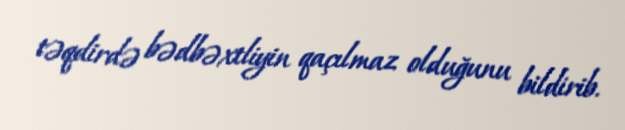
təqdirdə bədbəxtliyin qaçılmaz olduğunu bildirib.